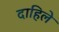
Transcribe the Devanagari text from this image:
दाहिले